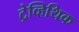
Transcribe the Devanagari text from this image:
ट्रेव्हिथिक